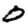
Digit: 0